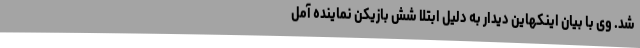
شد. وی با بیان اینکهاین دیدار به دلیل ابتلا شش بازیکن نماینده آمل